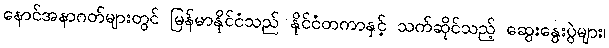
နောင်အနာဂတ်များတွင် မြန်မာနိုင်ငံသည် နိုင်ငံတကာနှင့် သက်ဆိုင်သည့် ဆွေးနွေးပွဲများ၊